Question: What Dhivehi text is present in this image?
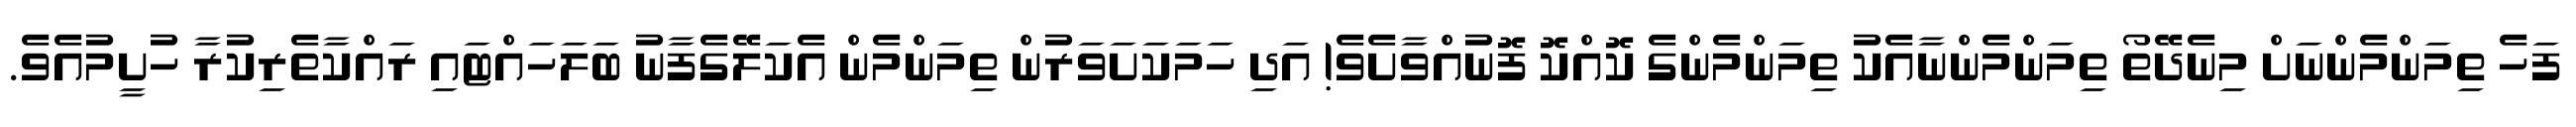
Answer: ފަހެ ތިމަންމެންނަށް މިނެދޭތޯ ތިމަންމެންނާއެކު ތިމަންމެންގެ ކޮއްކޮ ފޮނުއްވާށެވެ! އަދި ހަމަކަށަވަރުން ތިމަންމެން އެކަލޭގެފާނު ބަލަހައްޓައި ރައްކާތެރިކުރާ ހުށީމުއެވެ.